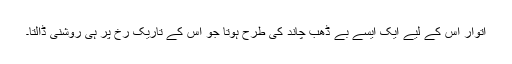
اتوار اس کے لیے ایک ایسے بے ڈھب چاند کی طرح ہوتا جو اس کے تاریک رخ پر ہی روشنی ڈالتا۔